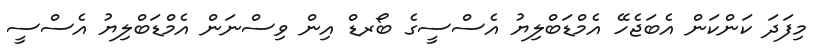
މިފަދަ ކަންކަން އެބަޖެހޭ އެމްޑަބްލިޔު އެސްސީގެ ބޯރޑް އިން ވިސްނަން އެމްޑަބްލިޔު އެސްސީ